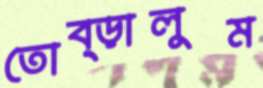
তোব্‌ড়ালুম